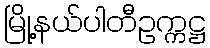
မြို့နယ်ပါတီဥက္ကဋ္ဌ